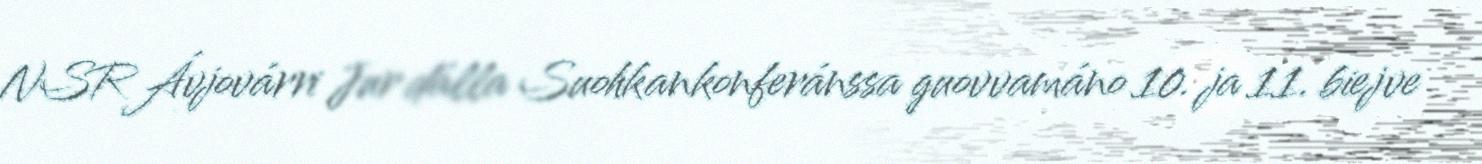
NSR Ávjovárri Jur dálla Suohkankonferánssa guovvamáno 10. ja 11. biejve